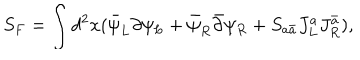
S _ { F } = \int d ^ { 2 } x ( \bar { \psi } _ { L } \partial \psi _ { L } + \bar { \psi } _ { R } \bar { \partial } \psi _ { R } + S _ { a \bar { a } } J _ { L } ^ { a } J _ { R } ^ { \bar { a } } ) ,